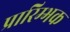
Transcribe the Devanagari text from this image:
प्रारिम्भक